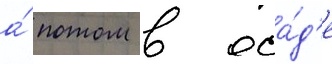
а́ потом в оса́д'е